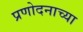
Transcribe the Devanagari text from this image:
प्रणोदनाच्या